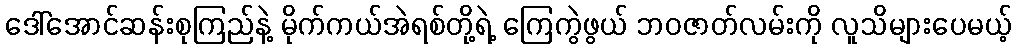
ဒေါ်အောင်ဆန်းစုကြည်နဲ့ မိုက်ကယ်အဲရစ်တို့ရဲ့ ကြေကွဲဖွယ် ဘဝဇာတ်လမ်းကို လူသိများပေမယ့်